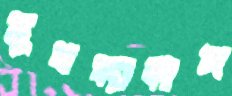
মুখব্যাদান